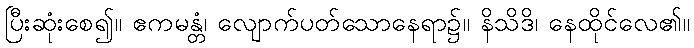
ပြီးဆုံးစေ၍။ ဧကမန္တံ၊ လျောက်ပတ်သောနေရာ၌။ နိသိဒိ၊ နေထိုင်လေ၏။